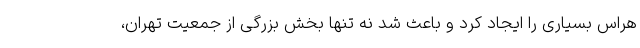
هراس بسیاری را ایجاد کرد و باعث شد نه تنها بخش بزرگی از جمعیت تهران،